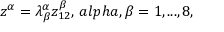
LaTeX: z ^ { \alpha } = \lambda _ { \beta } ^ { \alpha } z _ { 1 2 } ^ { \beta } , \, a l p h a , \beta = 1 , . . . , 8 ,